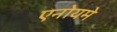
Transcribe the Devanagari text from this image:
एनोयमे